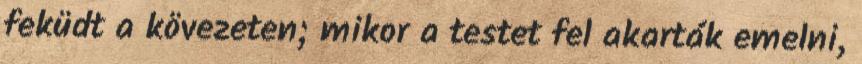
feküdt a kövezeten; mikor a testet fel akarták emelni,